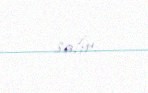
salır.